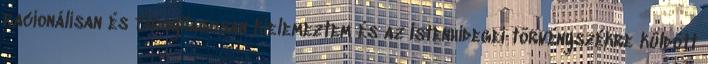
racionálisan és tárgyilagosan kielemeztem és az Istenhidegei törvényszékre küldött